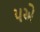
૫એ